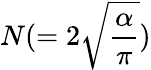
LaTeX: N(=2\sqrt{\frac{\alpha}{\pi}})